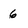
Character: 6